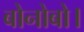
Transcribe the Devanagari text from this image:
बोनोबो।